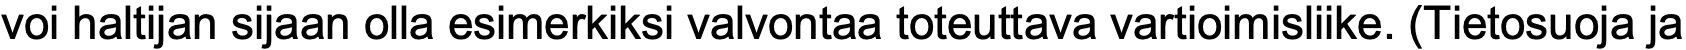
voi haltijan sijaan olla esimerkiksi valvontaa toteuttava vartioimisliike. (Tietosuoja ja